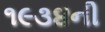
૧૯૩૪ની